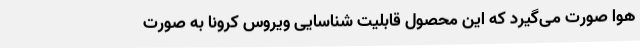
هوا صورت می‌گیرد که این محصول قابلیت شناسایی ویروس کرونا به صورت